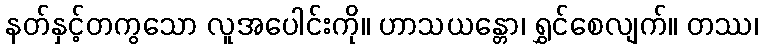
နတ်နှင့်တကွသော လူအပေါင်းကို။ ဟာသယန္တော၊ ရွှင်စေလျက်။ တဿ၊